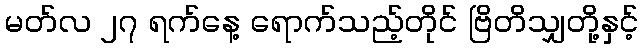
မတ်လ ၂၇ ရက်နေ့ ရောက်သည့်တိုင် ဗြိတိသျှတို့နှင့်